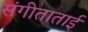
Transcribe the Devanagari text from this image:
संगीताताई